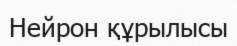
Нейрон құрылысы